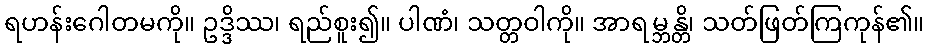
ရဟန်းဂေါတမကို။ ဥဒ္ဒိဿ၊ ရည်စူး၍။ ပါဏံ၊ သတ္တဝါကို။ အာရမ္ဘန္တိ၊ သတ်ဖြတ်ကြကုန်၏။